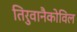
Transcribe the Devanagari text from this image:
तिरुवानैकोविल